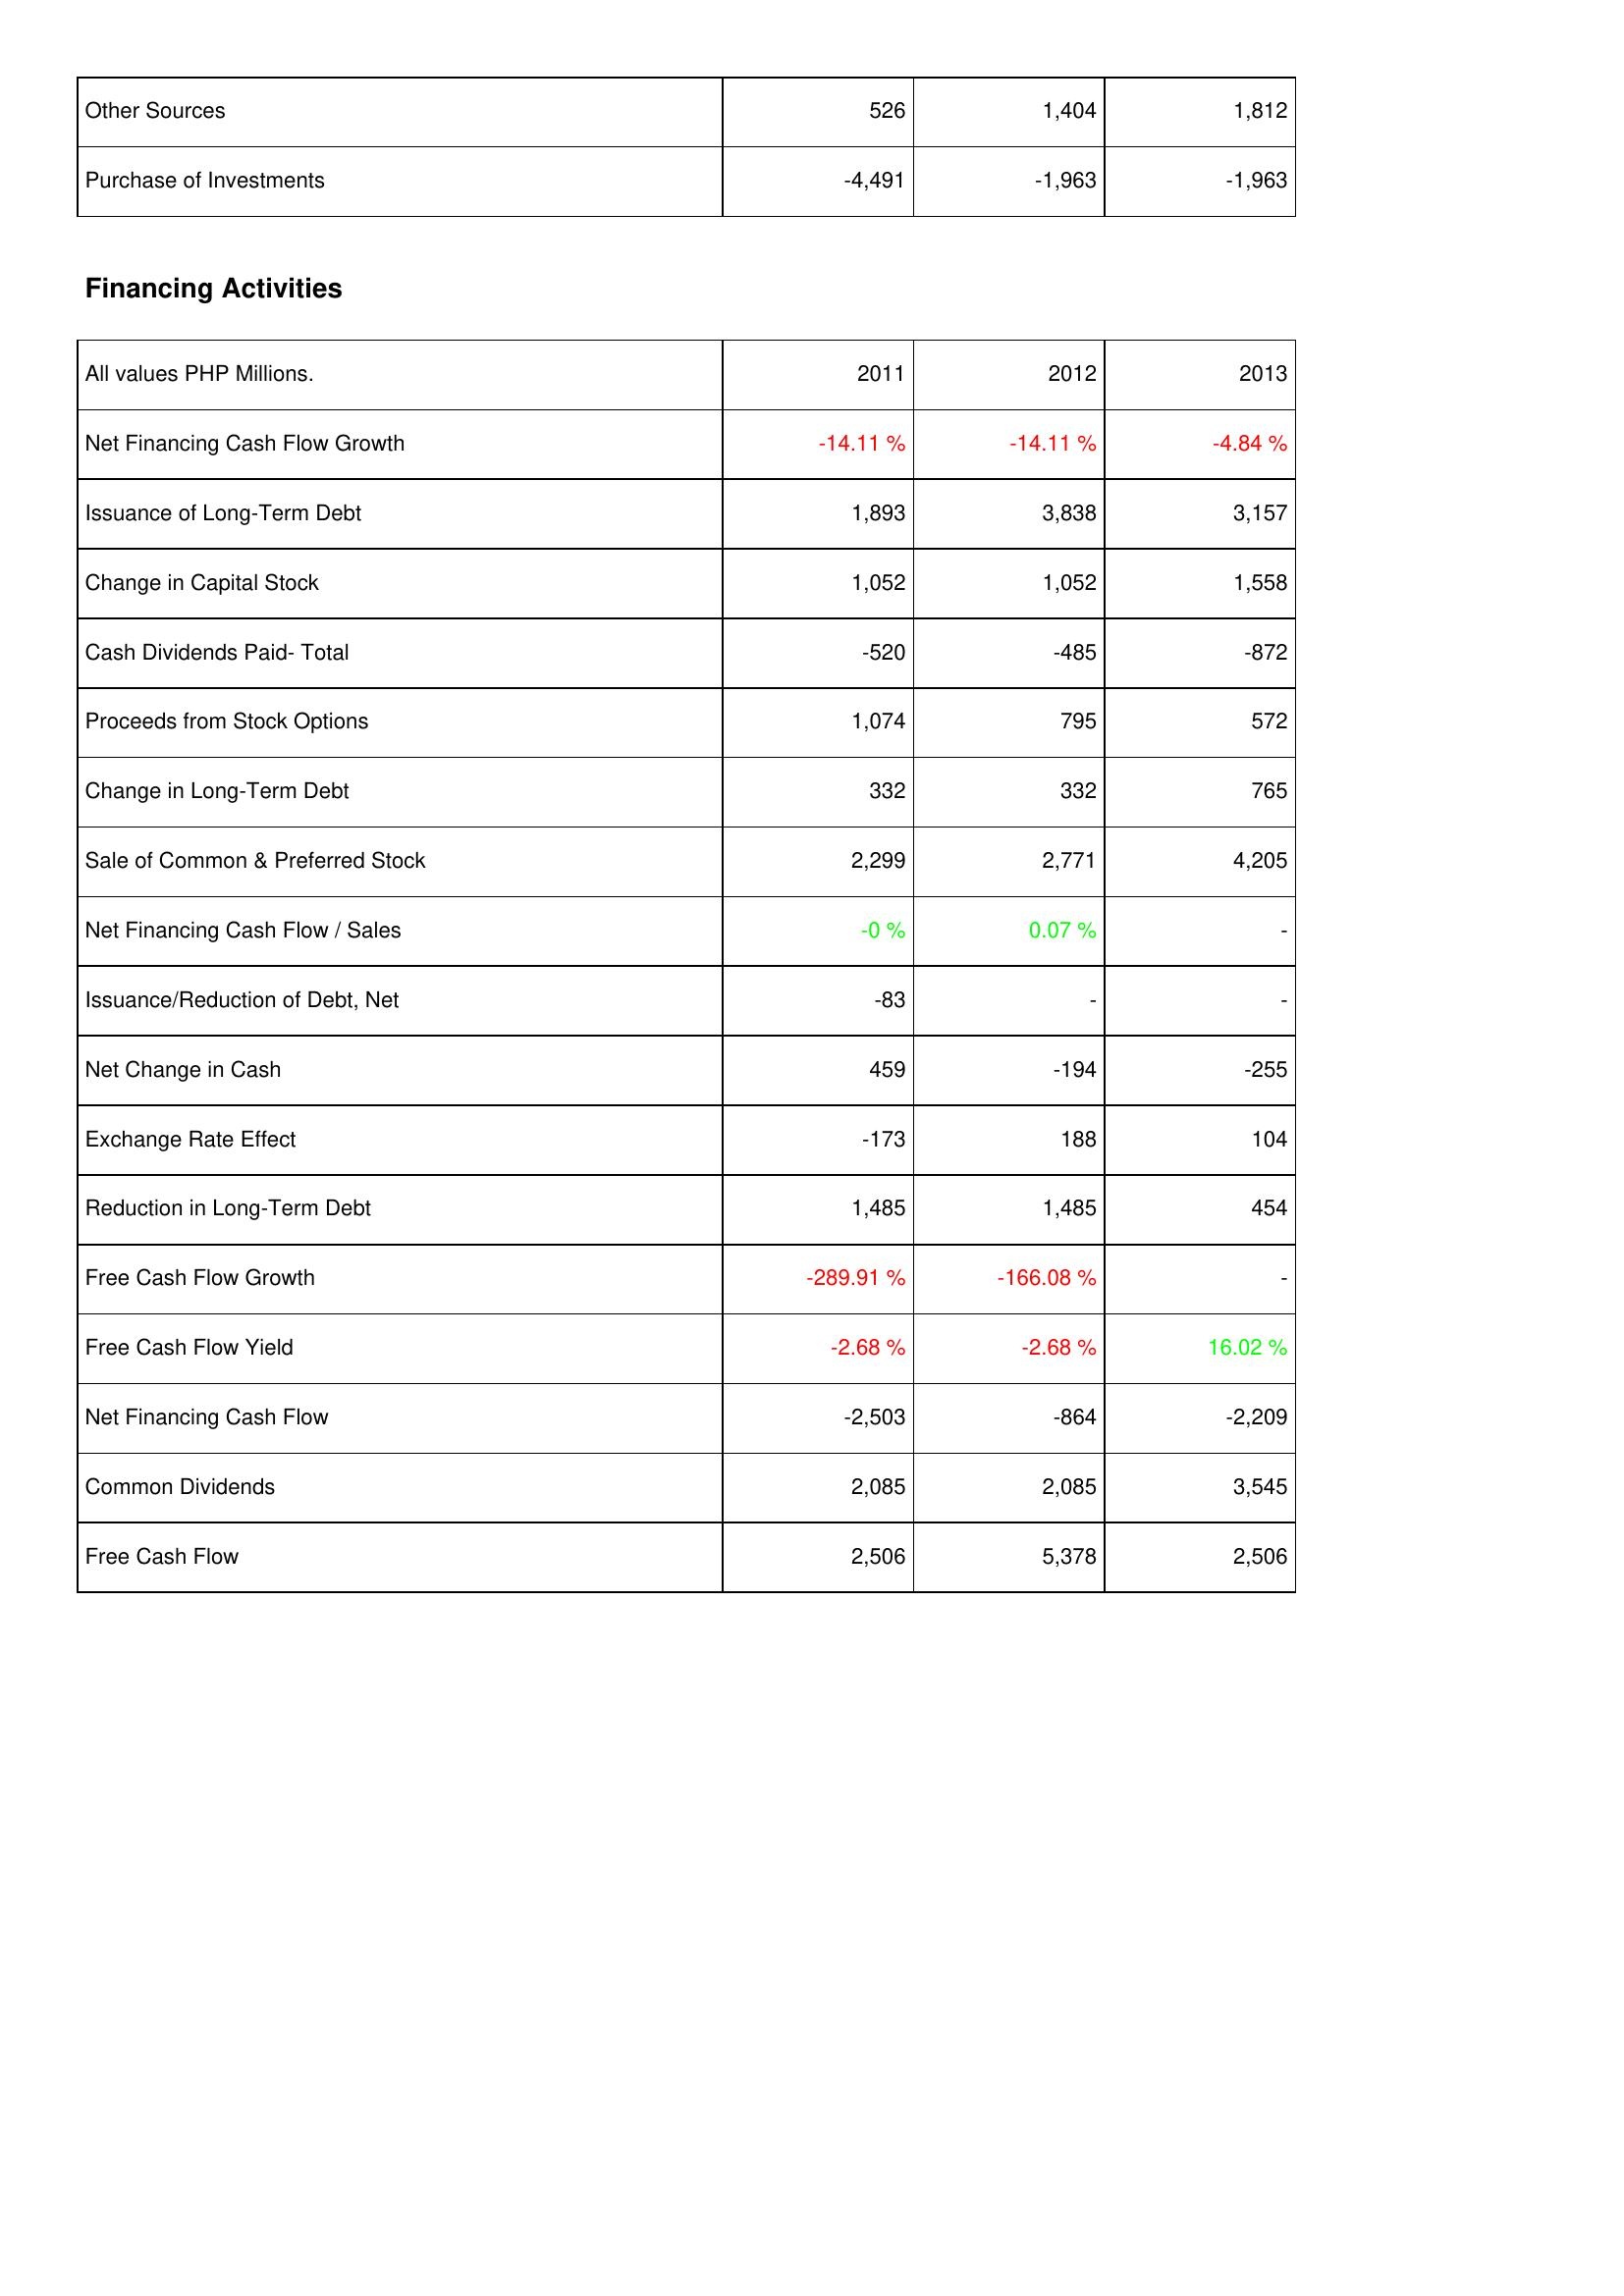
2011: Investing Activities: Other Sources: 526
Purchase of Investments: -4,491
Financing Activities: Net Financing Cash Flow Growth: -14.11 %
Issuance of Long-Term Debt: 1,893
Change in Capital Stock: 1,052
Cash Dividends Paid- Total: -520
Proceeds from Stock Options: 1,074
Change in Long-Term Debt: 332
Sale of Common & Preferred Stock: 2,299
Net Financing Cash Flow / Sales: -0 %
Issuance/Reduction of Debt, Net: -83
Net Change in Cash: 459
Exchange Rate Effect: -173
Reduction in Long-Term Debt: 1,485
Free Cash Flow Growth: -289.91 %
Free Cash Flow Yield: -2.68 %
Net Financing Cash Flow: -2,503
Common Dividends: 2,085
Free Cash Flow: 2,506
2012: Investing Activities: Other Sources: 1,404
Purchase of Investments: -1,963
Financing Activities: Net Financing Cash Flow Growth: -14.11 %
Issuance of Long-Term Debt: 3,838
Change in Capital Stock: 1,052
Cash Dividends Paid- Total: -485
Proceeds from Stock Options: 795
Change in Long-Term Debt: 332
Sale of Common & Preferred Stock: 2,771
Net Financing Cash Flow / Sales: 0.07 %
Issuance/Reduction of Debt, Net: -
Net Change in Cash: -194
Exchange Rate Effect: 188
Reduction in Long-Term Debt: 1,485
Free Cash Flow Growth: -166.08 %
Free Cash Flow Yield: -2.68 %
Net Financing Cash Flow: -864
Common Dividends: 2,085
Free Cash Flow: 5,378
2013: Investing Activities: Other Sources: 1,812
Purchase of Investments: -1,963
Financing Activities: Net Financing Cash Flow Growth: -4.84 %
Issuance of Long-Term Debt: 3,157
Change in Capital Stock: 1,558
Cash Dividends Paid- Total: -872
Proceeds from Stock Options: 572
Change in Long-Term Debt: 765
Sale of Common & Preferred Stock: 4,205
Net Financing Cash Flow / Sales: -
Issuance/Reduction of Debt, Net: -
Net Change in Cash: -255
Exchange Rate Effect: 104
Reduction in Long-Term Debt: 454
Free Cash Flow Growth: -
Free Cash Flow Yield: 16.02 %
Net Financing Cash Flow: -2,209
Common Dividends: 3,545
Free Cash Flow: 2,506